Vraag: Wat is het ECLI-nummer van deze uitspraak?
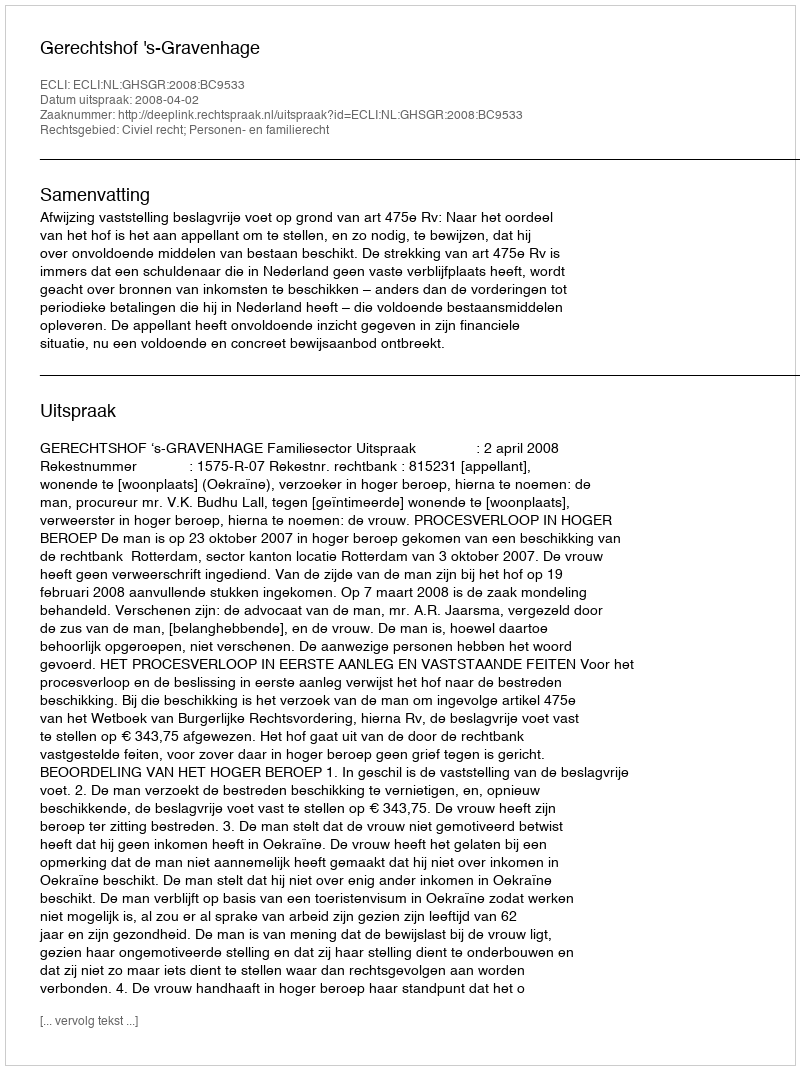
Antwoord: ECLI:NL:GHSGR:2008:BC9533